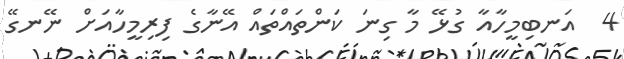
4  އަނބިމީހާއާ ގުޅޭ މާ ގިނަ ކަންތައްތައް އޭނާގެ ފިރިމީހާއަށް ނޭނގޭ